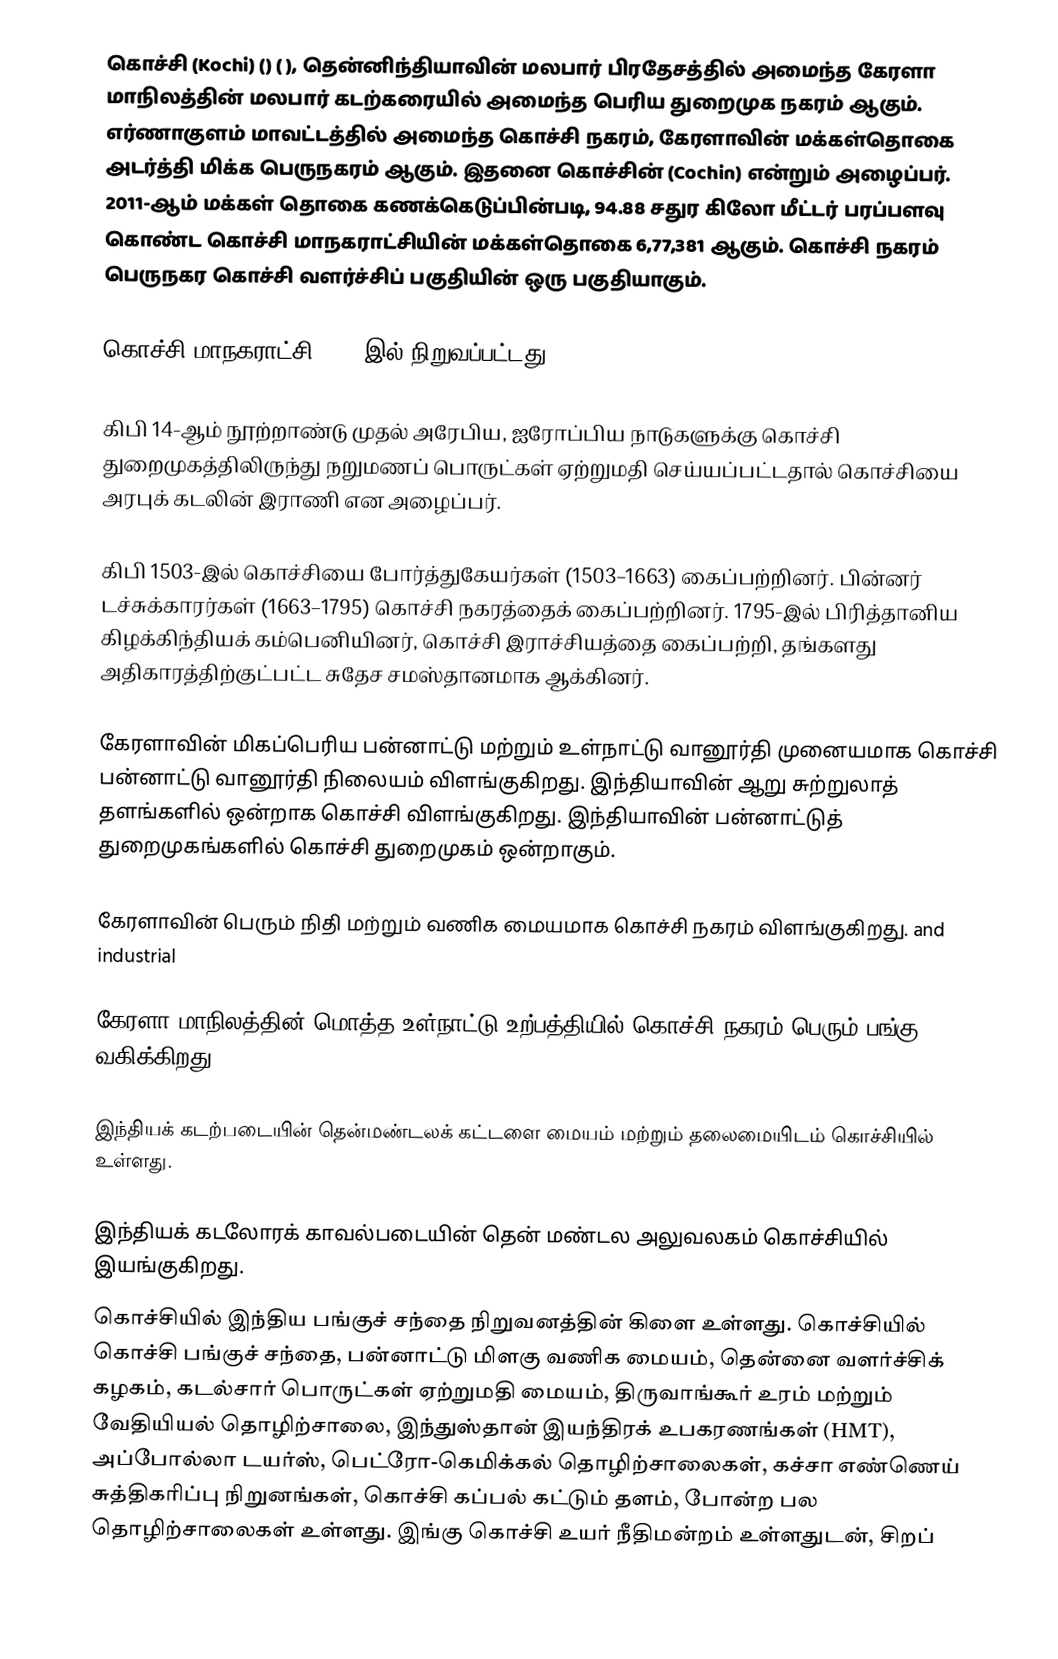
கொச்சி (Kochi) () ( ), தென்னிந்தியாவின் மலபார் பிரதேசத்தில் அமைந்த கேரளா மாநிலத்தின் மலபார் கடற்கரையில் அமைந்த பெரிய துறைமுக நகரம் ஆகும். எர்ணாகுளம் மாவட்டத்தில் அமைந்த கொச்சி நகரம், கேரளாவின் மக்கள்தொகை அடர்த்தி மிக்க பெருநகரம் ஆகும். இதனை கொச்சின் (Cochin) என்றும் அழைப்பர். 2011-ஆம் மக்கள் தொகை கணக்கெடுப்பின்படி, 94.88 சதுர கிலோ மீட்டர் பரப்பளவு கொண்ட கொச்சி மாநகராட்சியின் மக்கள்தொகை 6,77,381 ஆகும். கொச்சி நகரம் பெருநகர கொச்சி வளர்ச்சிப் பகுதியின் ஒரு பகுதியாகும்.

கொச்சி மாநகராட்சி 1967-இல் நிறுவப்பட்டது.

கிபி 14-ஆம் நூற்றாண்டு முதல் அரேபிய, ஐரோப்பிய நாடுகளுக்கு கொச்சி துறைமுகத்திலிருந்து நறுமணப் பொருட்கள் ஏற்றுமதி செய்யப்பட்டதால் கொச்சியை அரபுக் கடலின் இராணி என அழைப்பர்.

கிபி 1503-இல் கொச்சியை போர்த்துகேயர்கள் (1503–1663) கைப்பற்றினர். பின்னர்  டச்சுக்காரர்கள் (1663–1795)  கொச்சி நகரத்தைக் கைப்பற்றினர். 1795-இல் பிரித்தானிய கிழக்கிந்தியக் கம்பெனியினர், கொச்சி இராச்சியத்தை கைப்பற்றி, தங்களது அதிகாரத்திற்குட்பட்ட சுதேச சமஸ்தானமாக ஆக்கினர்.

கேரளாவின் மிகப்பெரிய பன்னாட்டு மற்றும் உள்நாட்டு வானூர்தி முனையமாக கொச்சி பன்னாட்டு வானூர்தி நிலையம் விளங்குகிறது. இந்தியாவின் ஆறு சுற்றுலாத் தளங்களில் ஒன்றாக கொச்சி விளங்குகிறது. இந்தியாவின் பன்னாட்டுத் துறைமுகங்களில் கொச்சி துறைமுகம் ஒன்றாகும்.

கேரளாவின் பெரும் நிதி மற்றும் வணிக மையமாக கொச்சி நகரம் விளங்குகிறது. and industrial

கேரளா மாநிலத்தின் மொத்த உள்நாட்டு உற்பத்தியில் கொச்சி நகரம் பெரும் பங்கு வகிக்கிறது.

இந்தியக் கடற்படையின் தென்மண்டலக் கட்டளை மையம் மற்றும் தலைமையிடம் கொச்சியில் உள்ளது.

இந்தியக் கடலோரக் காவல்படையின் தென் மண்டல அலுவலகம் கொச்சியில் இயங்குகிறது.
கொச்சியில் இந்திய பங்குச் சந்தை நிறுவனத்தின் கிளை உள்ளது. கொச்சியில் கொச்சி பங்குச் சந்தை, பன்னாட்டு மிளகு வணிக மையம், தென்னை வளர்ச்சிக் கழகம், கடல்சார் பொருட்கள் ஏற்றுமதி மையம், திருவாங்கூர் உரம் மற்றும் வேதியியல் தொழிற்சாலை, இந்துஸ்தான் இயந்திரக் உபகரணங்கள் (HMT), அப்போல்லா டயர்ஸ், பெட்ரோ-கெமிக்கல் தொழிற்சாலைகள், கச்சா எண்ணெய் சுத்திகரிப்பு நிறுனங்கள், கொச்சி கப்பல் கட்டும் தளம், போன்ற பல தொழிற்சாலைகள் உள்ளது. இங்கு கொச்சி உயர் நீதிமன்றம் உள்ளதுடன், சிறப்